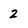
Character: 2